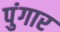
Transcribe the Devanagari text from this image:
पुंगार